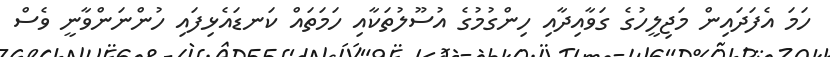
ހަމަ އެފަދައިން މަޖިލީހުގެ ގަވާއިދާއި ހިންގުމުގެ އުސޫލުތަކާއި ހަމަތައް ކަނޑައެޅިފައި ހުންނަންވާނީ ވެސް